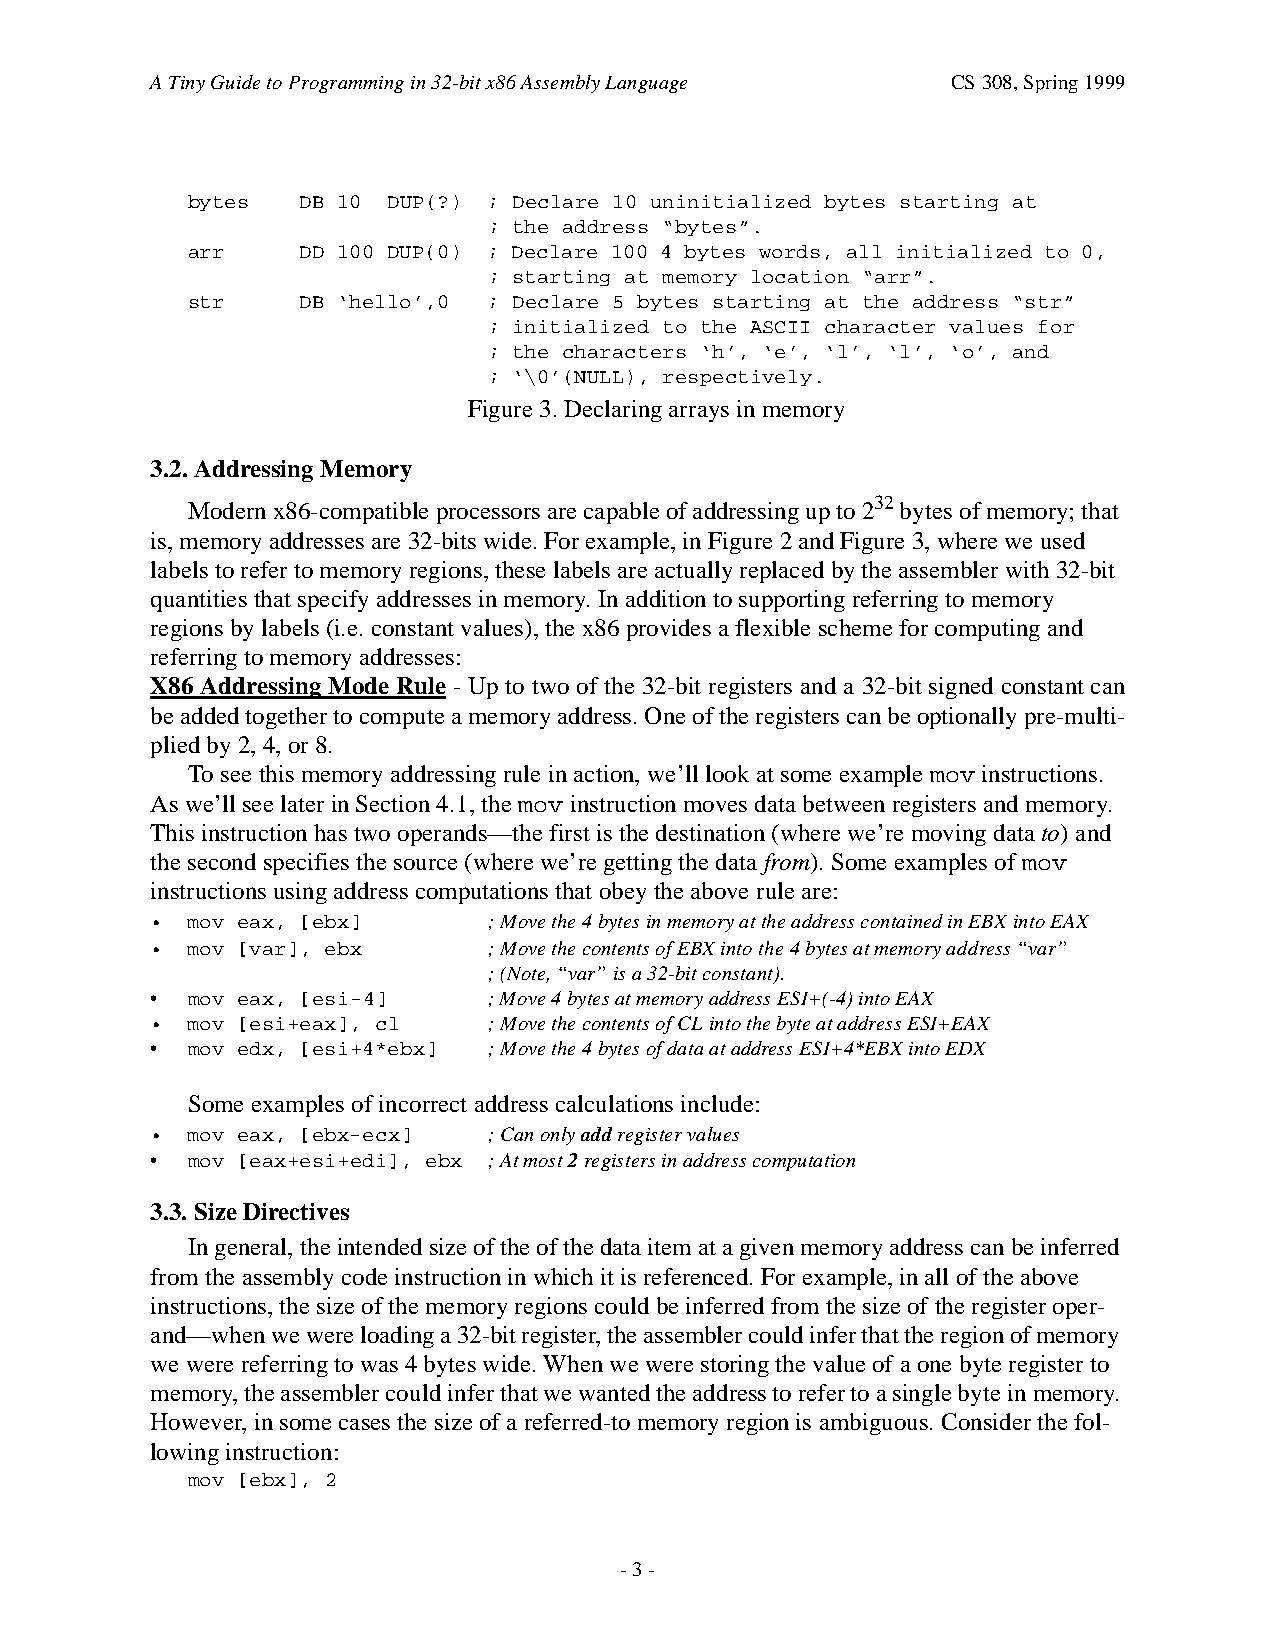
A Tiny Guide to Programming in 32-bit x86 Assembly Language CS 308, Spring 1999
 bytes   DB 10 DUP(?) ; Declare 10 uninitialized bytes starting at
 ; the address “bytes”.
 arr     DD 100 DUP(0) ; Declare 100 4 bytes words, all initialized to 0,
 ; starting at memory location “arr”.
 str     DB ‘hello’,0 ; Declare 5 bytes starting at the address “str”
 ; initialized to the ASCII character values for
 ; the characters ‘h’, ‘e’, ‘l’, ‘l’, ‘o’, and
 ; ‘\0’(NULL), respectively.
 Figure 3. Declaring arrays in memory
 3.2. Addressing Memory
 Modern x86-compatible processors are capable of addressing up to 232 bytes of memory; that
 is, memory addresses are 32-bits wide. For example, in Figure 2 and Figure 3, where we used
 labels to refer to memory regions, these labels are actually replaced by the assembler with 32-bit
 quantities that specify addresses in memory. In addition to supporting referring to memory
 regions by labels (i.e. constant values), the x86 provides a flexible scheme for computing and
 referring to memory addresses:
 X86 Addressing Mode Rule - Up to two of the 32-bit registers and a 32-bit signed constant can
 be added together to compute a memory address. One of the registers can be optionally pre-multi-
 plied by 2, 4, or 8.
 To see this memory addressing rule in action, we’ll look at some example mov instructions.
 As we’ll see later in Section 4.1, the mov instruction moves data between registers and memory.
 This instruction has two operands—the first is the destination (where we’re moving data to) and
 the second specifies the source (where we’re getting the data from). Some examples of mov
 instructions using address computations that obey the above rule are:
 • mov eax, [ebx]      ; Move the 4 bytes in memory at the address contained in EBX into EAX
 • mov [var], ebx      ; Move the contents of EBX into the 4 bytes at memory address “var”
 ; (Note, “var” is a 32-bit constant).
 • mov eax, [esi-4]    ; Move 4 bytes at memory address ESI+(-4) into EAX
 • mov [esi+eax], cl   ; Move the contents of CL into the byte at address ESI+EAX
 • mov edx, [esi+4*ebx] ; Move the 4 bytes of data at address ESI+4*EBX into EDX
 Some examples of incorrect address calculations include:
 • mov eax, [ebx-ecx]  ; Can only add register values
 • mov [eax+esi+edi], ebx ; At most 2 registers in address computation
 3.3. Size Directives
 In general, the intended size of the of the data item at a given memory address can be inferred
 from the assembly code instruction in which it is referenced. For example, in all of the above
 instructions, the size of the memory regions could be inferred from the size of the register oper-
 and—when we were loading a 32-bit register, the assembler could infer that the region of memory
 we were referring to was 4 bytes wide. When we were storing the value of a one byte register to
 memory, the assembler could infer that we wanted the address to refer to a single byte in memory.
 However, in some cases the size of a referred-to memory region is ambiguous. Consider the fol-
 lowing instruction:
 mov [ebx], 2
 - 3 -